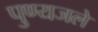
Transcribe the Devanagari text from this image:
पुण्यजले